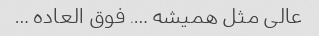
عالی مثل همیشه …. فوق العاده …